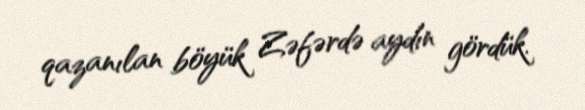
qazanılan böyük Zəfərdə aydın gördük.